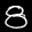
Label: 8